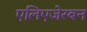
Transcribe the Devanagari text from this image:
एलिएजेरबन